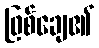
ဖြစ်ချေ၏